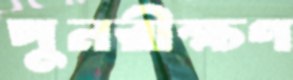
পুনরীক্ষণ